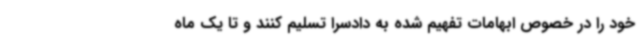
خود را در خصوص ابهامات تفهیم شده به دادسرا تسلیم کنند و تا یک ماه